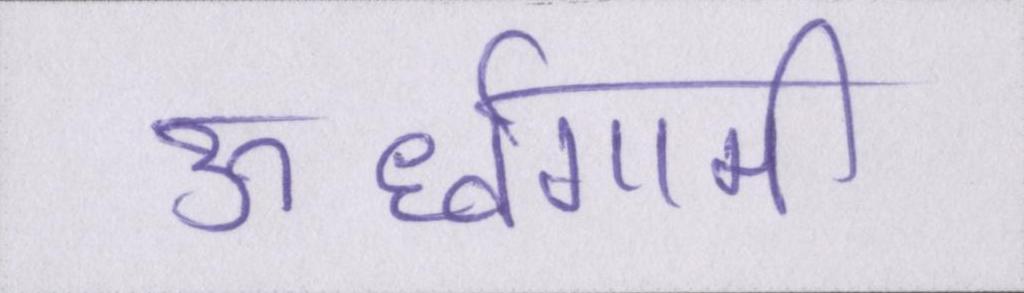
ऊर्ध्वगामी